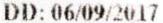
DD: 06/09/2017